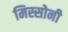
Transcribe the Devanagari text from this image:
मिस्सोनी